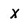
Character: x